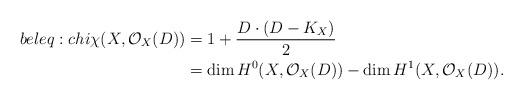
LaTeX: \begin{align*}bel{eq:chi}\chi(X, \mathcal{O}_X(D)) &=1+\frac{D\cdot (D-K_X)}{2}\\ &=\dim H^0(X,\mathcal{O}_X(D))- \dim H^1(X,\mathcal{O}_X(D)). \end{align*}